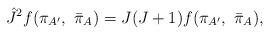
LaTeX: \begin{align*}{\hat J}^{2}f(\pi_{A^{\prime}}, \ {\bar \pi}_{A})= J(J+1)f(\pi_{A^{\prime}}, \ {\bar \pi}_{A}),\end{align*}